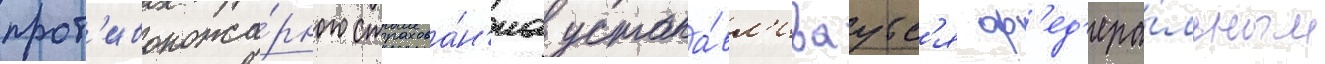
прот'ивопожа́рного страхова́н'иа устана́вл'иваутс'я ф'ед'ера́льным